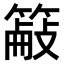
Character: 𫂜